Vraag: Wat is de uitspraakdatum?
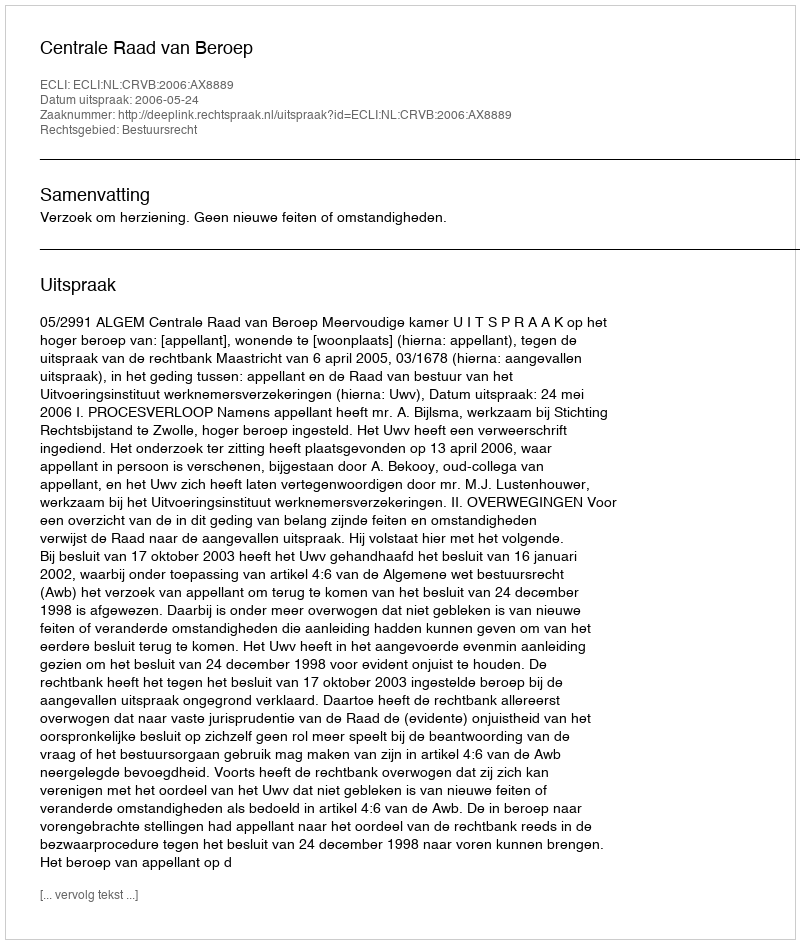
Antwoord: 2006-05-24